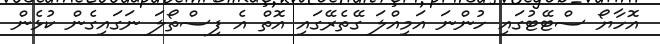
އޮހާޔޯ ސްޓޭޓުގައި ހުންނަ އަމިއްލަ ގޭތެރޭގައި އޮތް އެ ފިސްތޯލަ ނަގައިގެން ކުޅެން